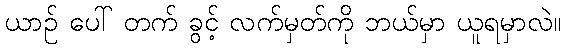
ယာဉ် ပေါ် တက် ခွင့် လက်မှတ်ကို ဘယ်မှာ ယူရမှာလဲ။